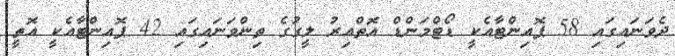
ދެވަނައިގައި 58 ޕޮއިންޓާއެކީ ޑޯޓްމަންޑް އޮތްއިރު ލީގުގެ ތިންވަނައިގައި 42 ޕޮއިންޓާއެކީ އޮތީ